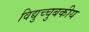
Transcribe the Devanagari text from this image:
विद्युच्चुबकीय